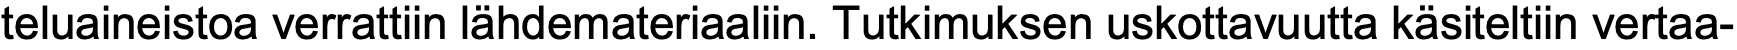
teluaineistoa verrattiin lähdemateriaaliin. Tutkimuksen uskottavuutta käsiteltiin vertaa-